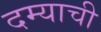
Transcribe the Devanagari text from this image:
दम्याची